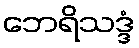
ဘေရိသဒ္ဒံ